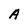
Character: A